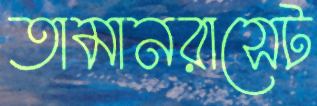
তামানরাসেট